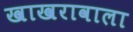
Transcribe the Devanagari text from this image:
खाखरावाला